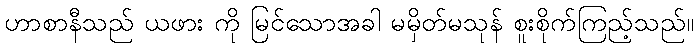
ဟာစာနီသည် ယဖား ကို မြင်သောအခါ မမှိတ်မသုန် စူးစိုက်ကြည့်သည်။